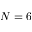
N = 6